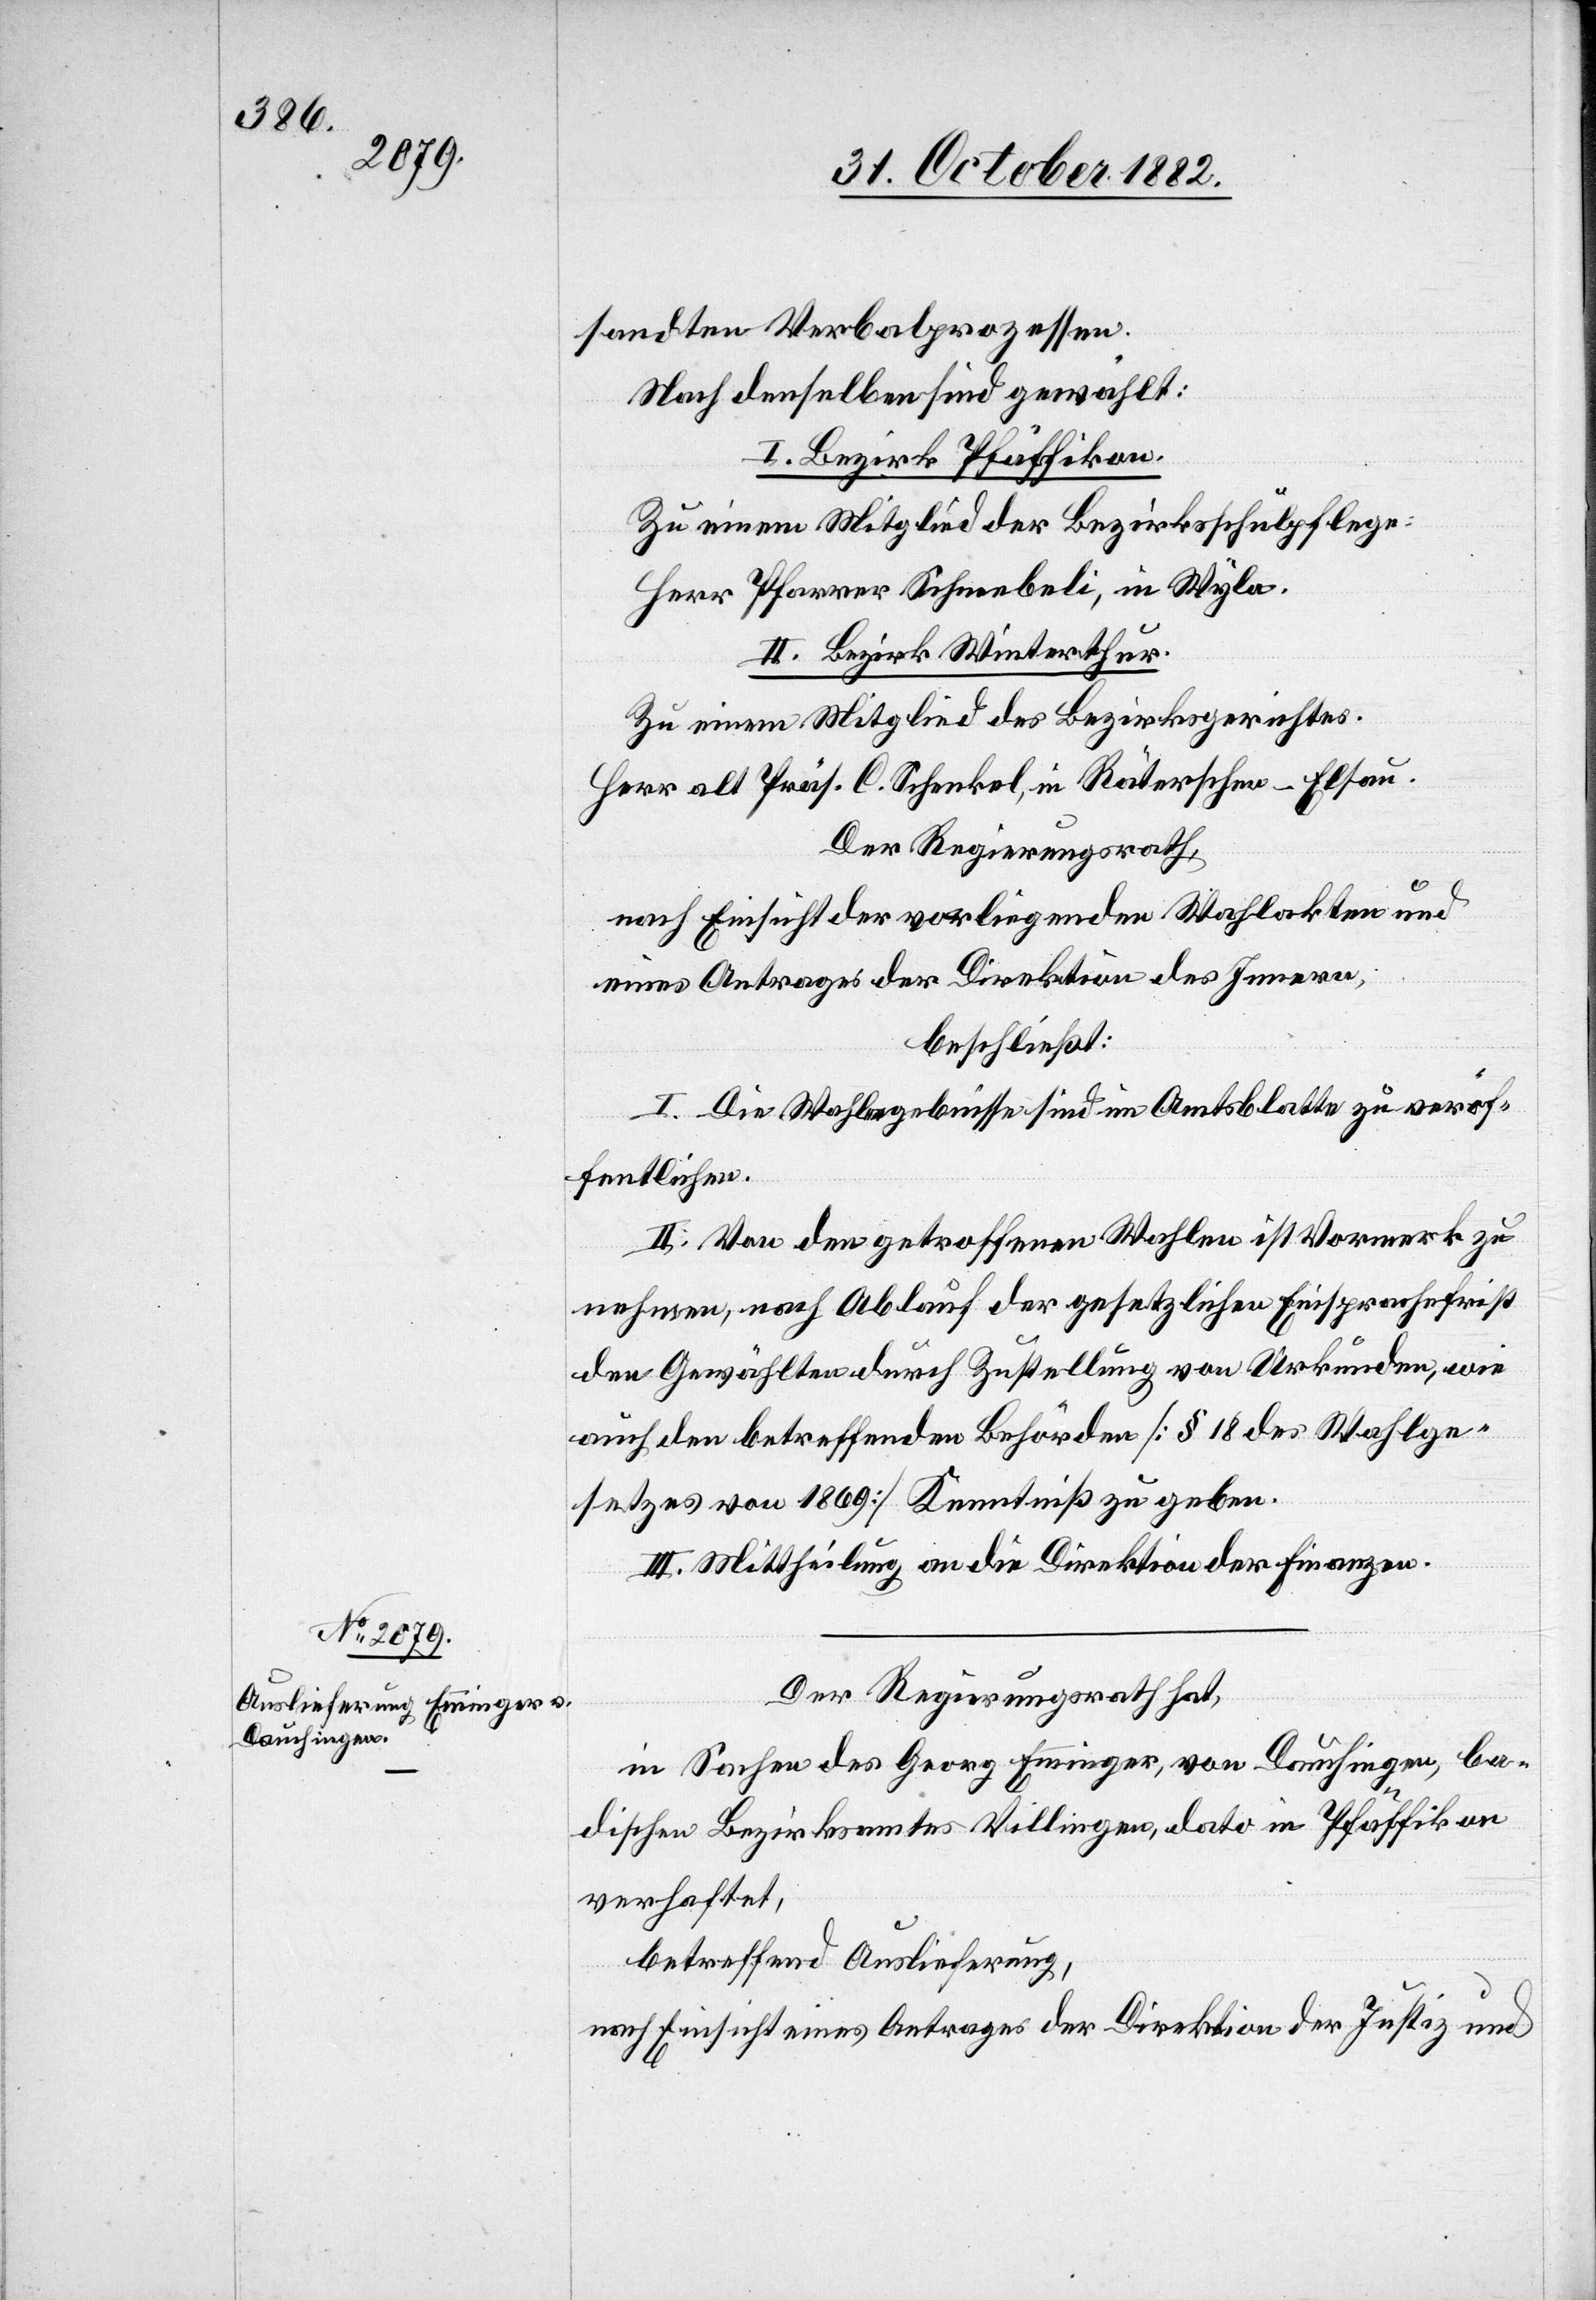
sandten Verbalprozessen.
Nach denselben sind gewählt:
I. Bezirk Pfäffikon.
Zu einem Mitglied der Bezirksschulpflege:
Herr Pfarrer Schneebeli, in Wyla.
Zu einem Mitglied des Bezirksgerichtes:
Herr alt Präs. C. Schenkel, in Räterschen - Elsau.
Der Regierungsrath,
nach Einsicht der vorliegenden Wahlakten und
eines Antrages der Direktion des Innern,
beschließt:
I. Die Wahlergebnisse sind im Amtsblatte zu veröf¬
fentlichen.
II. Von den getroffenen Wahlen ist Vormerk zu
nehmen, nach Ablauf der gesetzlichen Einsprachefrist
den Gewählten durch Zustellung von Urkunden, wie
auch den betreffenden Behörden [§ 18 des Wahlge¬
setzes von 1869] Kenntniß zu geben.
III. Mittheilung an die Direktion der Finanzen.
Der Regierungsrath hat,
in Sachen des Georg Emminger, von Dauchingen, ba¬
dischen Bezirksamtes Villingen, dato in Pfäffikon
verhaftet,
betreffend Auslieferung,
nach Einsicht eines Antrages der Direktion der Justiz und